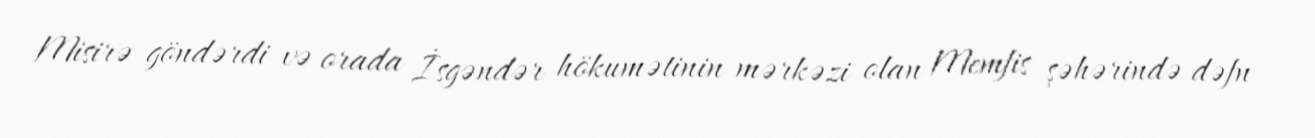
Misirə göndərdi və orada İsgəndər hökumətinin mərkəzi olan Memfis şəhərində dəfn